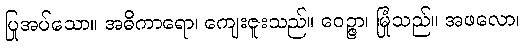
ပြုအပ်သော။ အဓိကာရော၊ ကျေးဇူးသည်။ ဝေဉ္ဇာ၊ မြုံသည်။ အဖလော၊